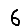
Digit: 6